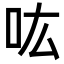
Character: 吰